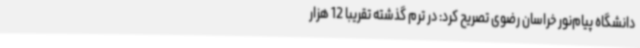
دانشگاه پیام‌نور خراسان رضوی تصریح کرد: در ترم گذشته تقریباً 12 هزار